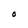
Character: O